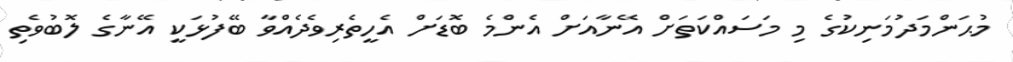
މުޙަންމަދުމަނިކުގެ މި މަސައްކަތަށް އޭނާއަށް އެންމެ ބޮޑަށް އެހީތެރިވެދެއްވާ ބޭފުޅަކީ އޭނާގެ ލޮބުވެތި